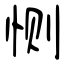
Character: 恻